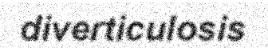
diverticulosis